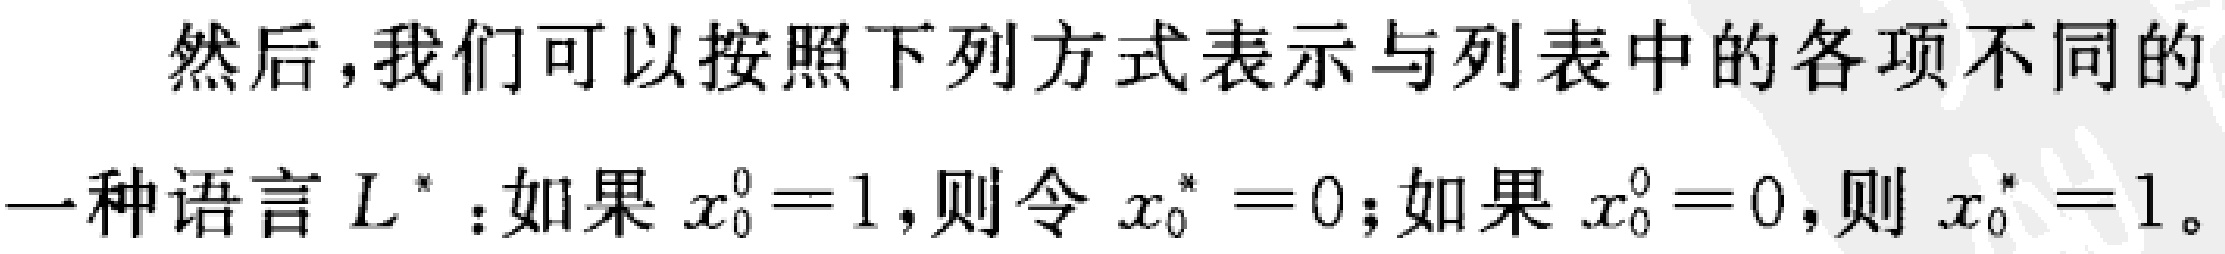
然后，我们可以按照下列方式表示与列表中的各项不同的
一种语言 \(L^{*}\)：如果 \(x_{0}^{0}=1\)，则令 \(x_{0}^{*}=0\)；如果 \(x_{0}^{0}=0\)，则 \(x_{0}^{*}=1\)。